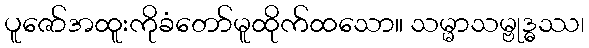
ပူဇော်အထူးကိုခံတော်မူထိုက်ထသော။ သမ္မာသမ္ဗုဒ္ဓဿ၊